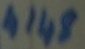
Text: 4148